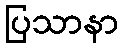
ပြသာနာ